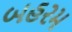
બહરમ